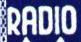
RADIO